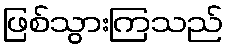
ဖြစ်သွားကြသည်